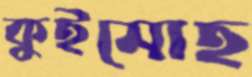
কুইমোহ